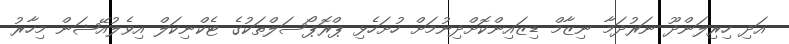
އަދި ހިރިލަންދޫ ނަރުދަމާ ނިޒާމް ޑިޒައިންކޮށްދިނުމަށް ހުށަހެޅި ޕްރޮޕޯސަލްތަކުގެ ޓެކްނިކަލް އިވެލުއޭޝަން މިހާރު